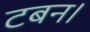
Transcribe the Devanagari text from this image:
टबन।